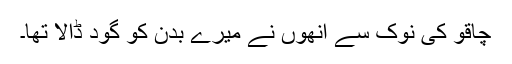
چاقو کی نوک سے انھوں نے میرے بدن کو گود ڈالا تھا۔